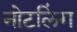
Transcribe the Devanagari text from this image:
नोटलिंग